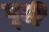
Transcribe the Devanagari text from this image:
घूटी